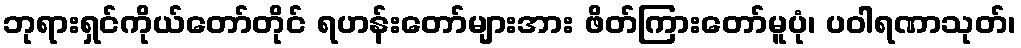
ဘုရားရှင်ကိုယ်တော်တိုင် ရဟန်းတော်များအား ဖိတ်ကြားတော်မူပုံ၊ ပဝါရဏာသုတ်၊